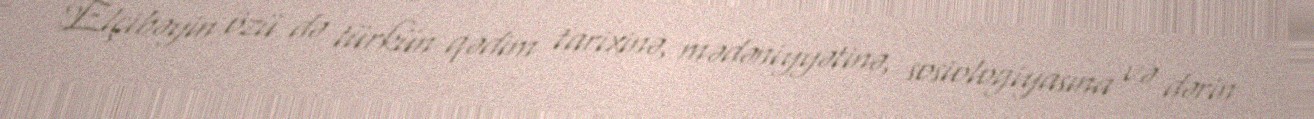
Elçibəyin özü də türkün qədim tarixinə, mədəniyyətinə, sosiologiyasına və dərin